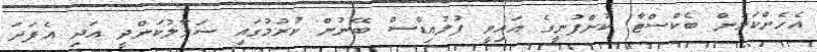
އެހެންކަމުން ބެކްސްޓާ ކުންފުނީގެ އައިވީ ފުލުއިޑްސް ބޭނުން ކުރުމުގައި ސަމާލުކަންދީ އަދި އެފަދަ